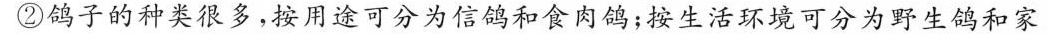
鸽子的种类很多，按用途可分为信鸽和食肉鸽；按生活环境可分为野生鸽和家